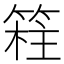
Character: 𥯸